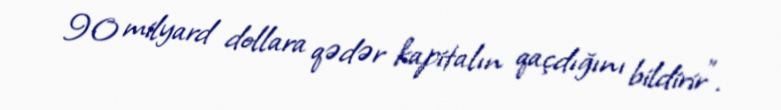
90 milyard dollara qədər kapitalın qaçdığını bildirir”.